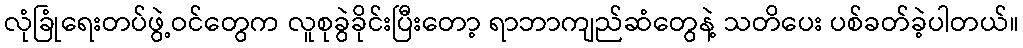
လုံခြုံရေးတပ်ဖွဲ့ဝင်တွေက လူစုခွဲခိုင်းပြီးတော့ ရာဘာကျည်ဆံတွေနဲ့ သတိပေး ပစ်ခတ်ခဲ့ပါတယ်။